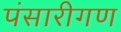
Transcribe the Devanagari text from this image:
पंसारीगण